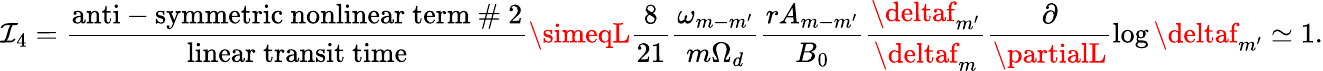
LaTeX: \mathcal{I}_{4}=\frac{{\mathrm{{anti-symmetric~nonlinear~term~\# ~2}}}}{{\mathrm{{linear~transit~time}}}}\simeqL\frac{{8}}{{21}}\frac{{\omega_{m-m^{\prime}}}}{{m\Omega_{d}}}\frac{{rA_{m-m^{\prime}}}}{{B_{0}}}\frac{{\deltaf_{m^{\prime}}}}{{{\deltaf_{m}}}}\frac{{\partial}}{{\partialL}}\log\deltaf_{m^{\prime}}\simeq1.